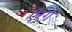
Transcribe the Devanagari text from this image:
ऐरग